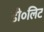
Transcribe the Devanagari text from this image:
डी०लिट